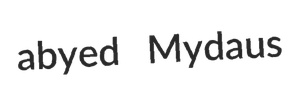
abyed Mydaus